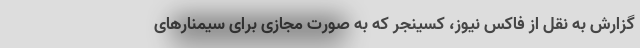
گزارش به نقل از فاکس نیوز، کسینجر که به صورت مجازی برای سیمنارهای